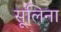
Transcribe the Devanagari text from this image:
सूलिना